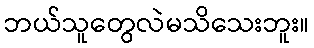
ဘယ်သူတွေလဲမသိသေးဘူး။